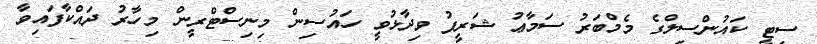
ސިޓީ ކައުންސިލްގެ މެމްބަރު ސަމާޢު ޝަރީފު ވިދާޅުވީ ހައުސިން މިނިސްޓްރީން މިހާރު ދައްކާފައިވާ